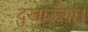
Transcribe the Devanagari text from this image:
दुखाऊँगा।